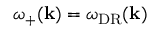
\omega _ { + } ( \mathbf { k } ) = \omega _ { \mathrm { D R } } ( \mathbf { k } )